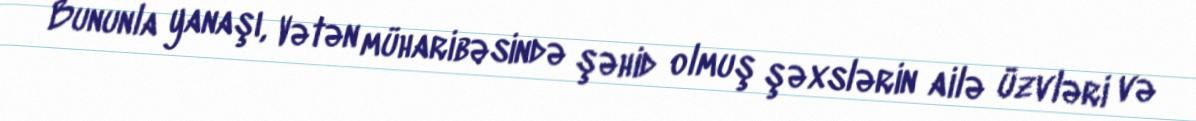
Bununla yanaşı, Vətən müharibəsində şəhid olmuş şəxslərin ailə üzvləri və